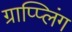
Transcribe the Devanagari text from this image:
ग्राप्प्लिंग